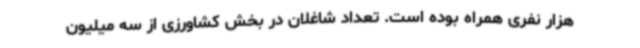
هزار نفری همراه بوده است. تعداد شاغلان در بخش کشاورزی از سه میلیون